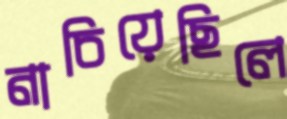
নাচিয়েছিলে